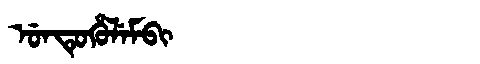
Manchu: ᡠᠨᡨᡠᡥᡠᠯᡝᠮᠪᡳ
Romanization: UNTUHULEMBI